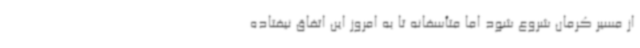
از مسیر کرمان شروع شود اما متأسفانه تا به امروز این اتفاق نیفتاده